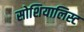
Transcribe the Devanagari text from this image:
सोशियालिस्ट